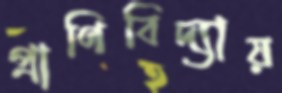
প্রাণিবিদ্যায়